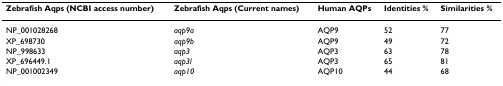
<table><thead><tr><td><b>Zebrafish Aqps (NCBI access number)</b></td><td><b>Zebrafish Aqps (Current names)</b></td><td><b>Human AQPs</b></td><td><b>Identities %</b></td><td><b>Similarities %</b></td></tr></thead><tbody><tr><td>NP_001028268</td><td><i>aqp9a</i></td><td>AQP9</td><td>52</td><td>77</td></tr><tr><td>XP_698730</td><td><i>aqp9b</i></td><td>AQP9</td><td>49</td><td>72</td></tr><tr><td>NP_998633</td><td><i>aqp3</i></td><td>AQP3</td><td>63</td><td>78</td></tr><tr><td>XP_696449.1</td><td><i>aqp3l</i></td><td>AQP3</td><td>65</td><td>81</td></tr><tr><td>NP_001002349</td><td><i>aqp10</i></td><td>AQP10</td><td>44</td><td>68</td></tr></tbody></table>